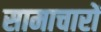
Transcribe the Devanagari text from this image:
सामाचारों